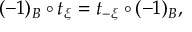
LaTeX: ( - 1 ) _ { B } \circ t _ { \xi } = t _ { - \xi } \circ ( - 1 ) _ { B } ,